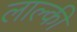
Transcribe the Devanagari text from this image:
लाल्की